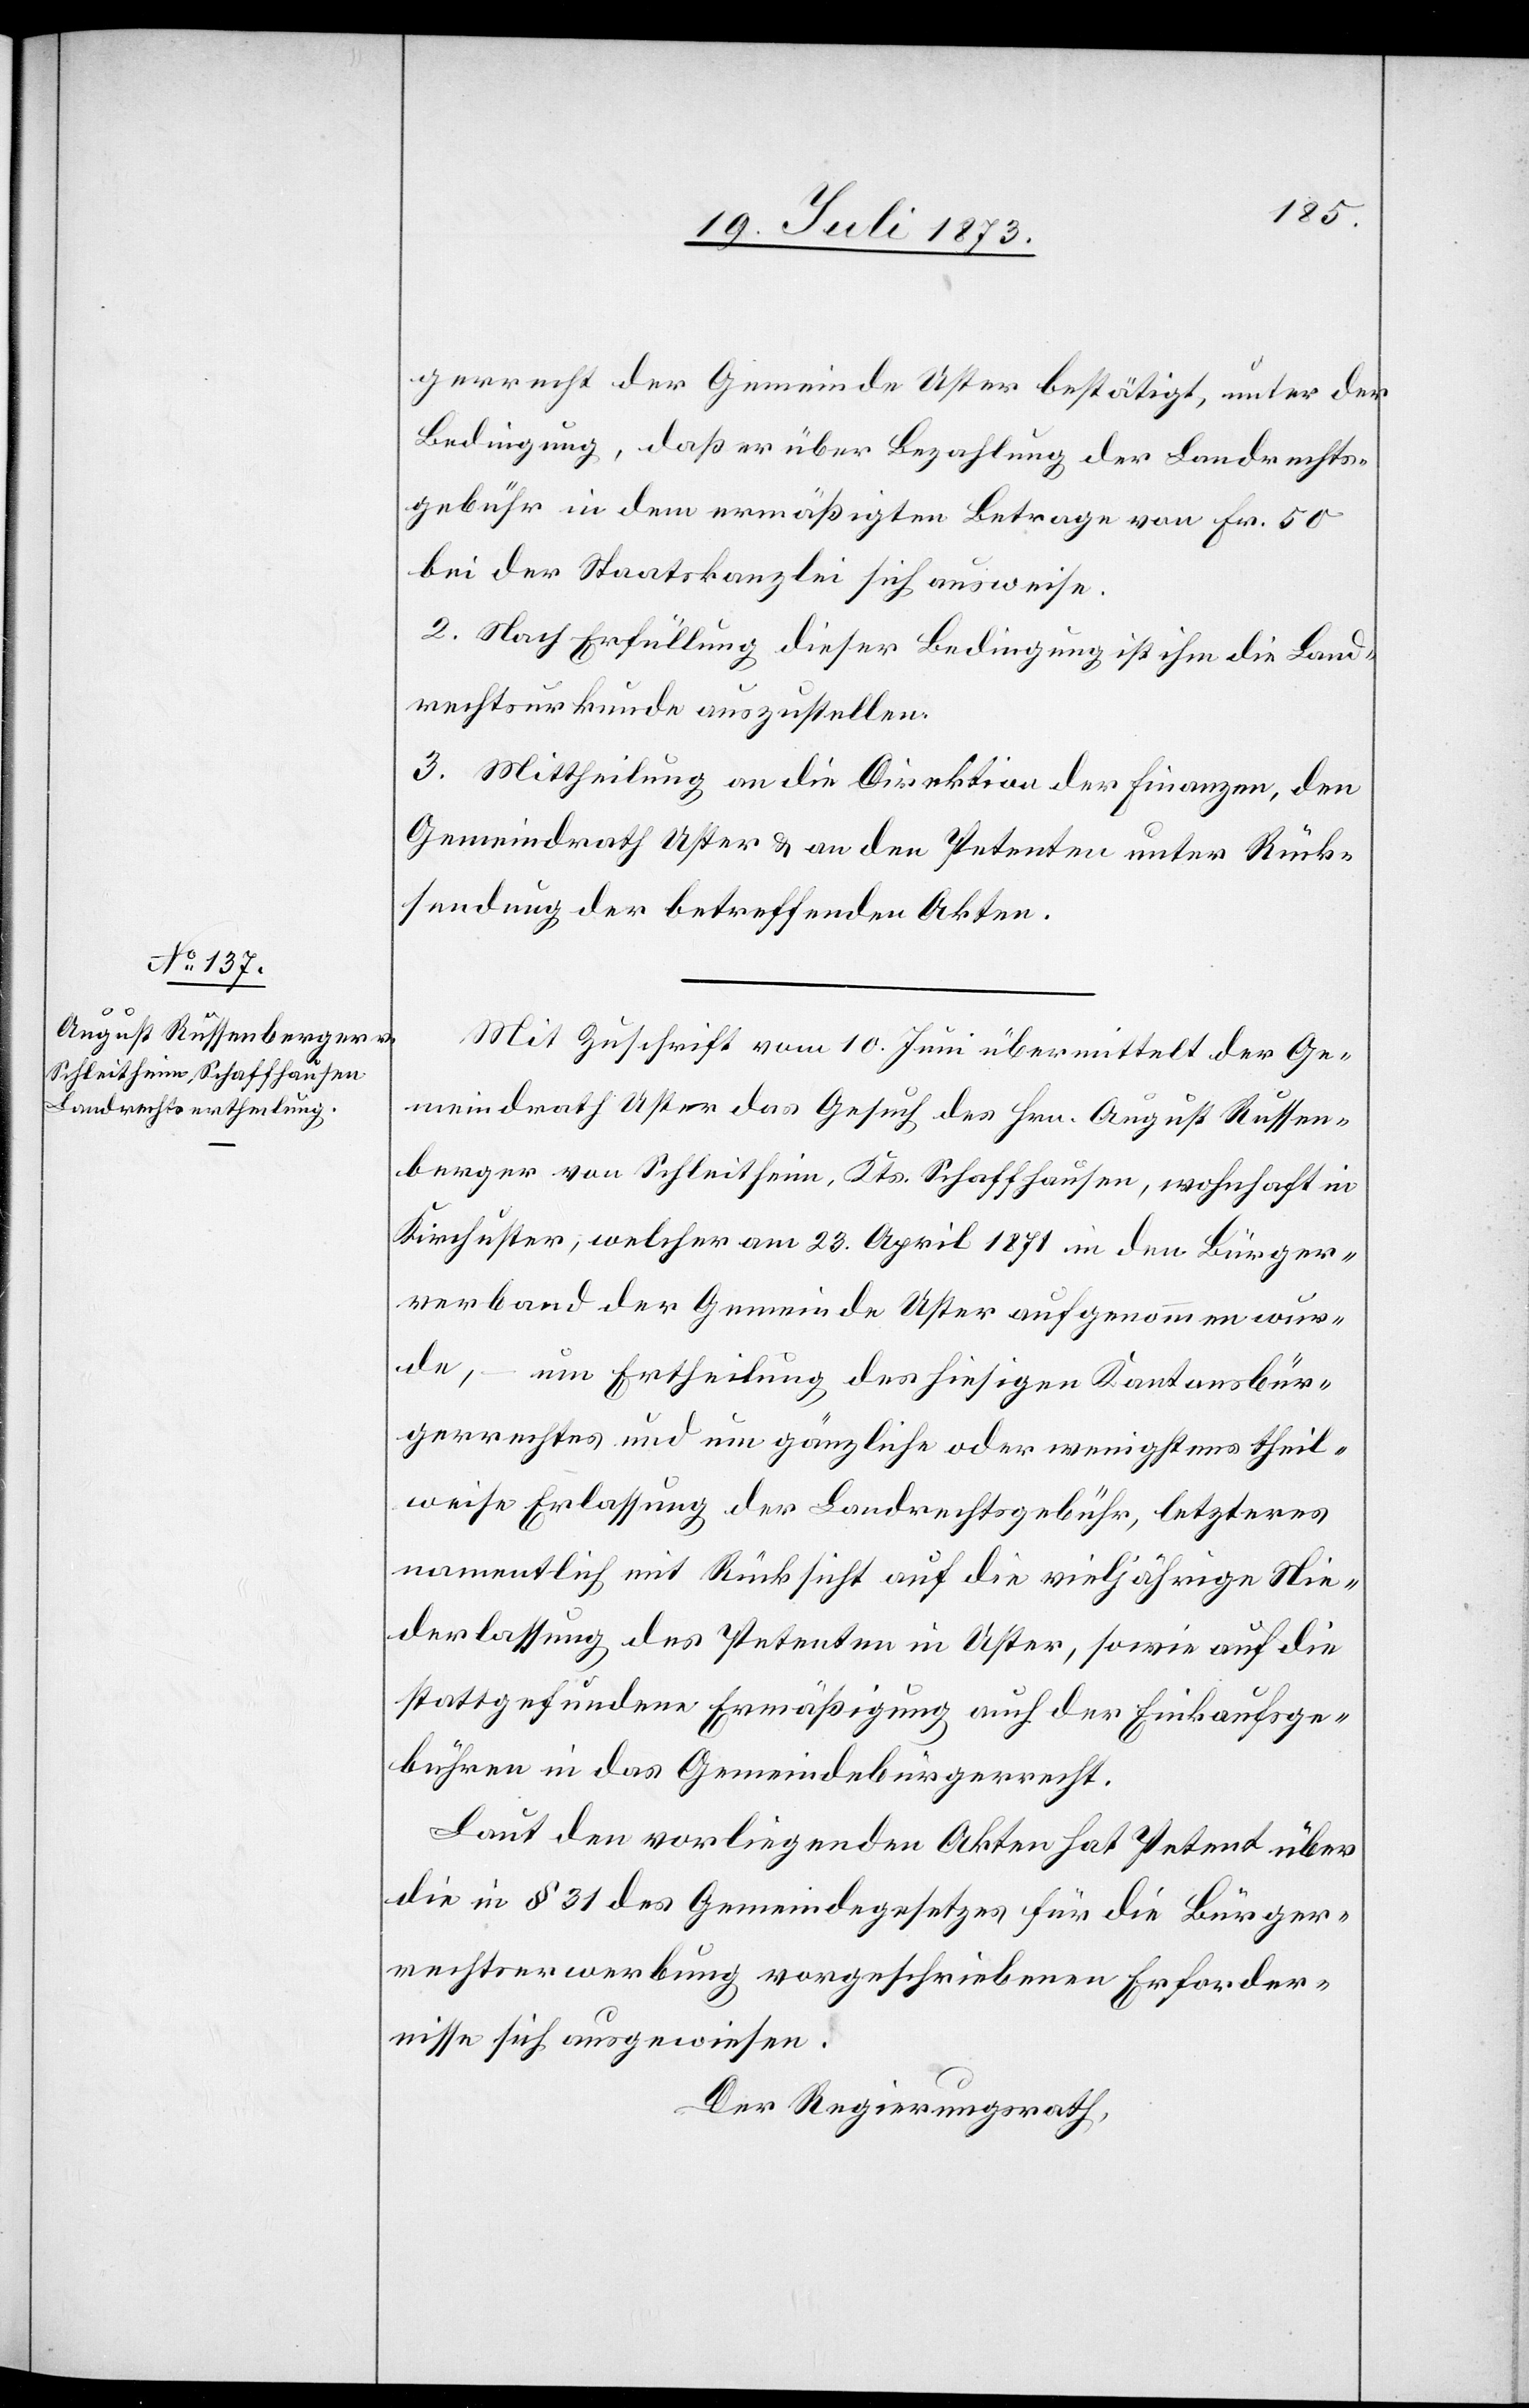
gerrecht der Gemeinde Uster bestätigt, unter der
Bedingung, daß er über Bezahlung der Landrechts¬
gebühr in dem ermäßigten Betrage von Fr. 50
bei der Staatskanzlei sich ausweise.
2. Nach Erfüllung dieser Bedingung ist ihm die Land¬
rechtsurkunde auszustellen.
3. Mittheilung an die Direktion der Finanzen, den
Gemeindrath Uster & an den Petenten unter Rück¬
sendung der betreffenden Akten.
Mit Zuschrift vom 10. Juni übermittelt der Ge¬
meindrath Uster das Gesuch des Hrn. August Russen¬
berger von Schleitheim, Kts. Schaffhausen, wohnhaft in
Kirchuster, welcher am 23. April 1871 in den Bürger¬
verband der Gemeinde Uster aufgenommen wur¬
de, – um Ertheilung des hiesigen Kantonsbür¬
gerrechtes und um gänzliche oder wenigstens theil¬
weise Erlassung der Landrechtsgebühr, letzteres
namentlich mit Rücksicht auf die vieljährige Nie¬
derlassung des Petenten in Uster, sowie auf die
stattgefundene Ermäßigung auch der Einkaufsge¬
bühren in das Gemeindebürgerrecht.
Laut den vorliegenden Akten hat Petent über
die in § 31 des Gemeindegesetzes für die Bürger¬
rechtserwerbung vorgeschriebenen Erforder¬
nisse sich ausgewiesen.
Der Regierungsrath,